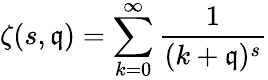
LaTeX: \zeta(s,\mathfrak{q})=\sum_{k=0}^{\infty}{\frac{{1}}{{(k+\mathfrak{q})^{s}}}}